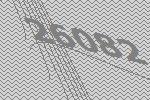
26082